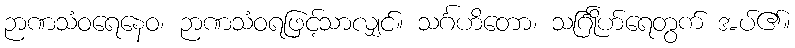
ဉာဏသံဝရေနေဝ၊ ဉာဏသံဝရဖြင့်သာလျှင်။ သင်္ဂဟိတော၊ သင်္ဂြိုဟ်ရေတွက် အပ်၏။